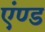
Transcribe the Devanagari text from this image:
एंण्ड